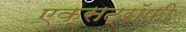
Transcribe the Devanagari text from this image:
एक्सट्रॉफी